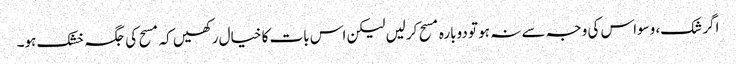
اگر شک، وسواس کی وجہ سے نہ ہو تو دوبارہ مسح کرلیں لیکن اس بات کا خیال رکھیں کہ مسح کی جگہ خشک ہو۔